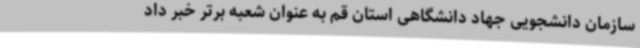
سازمان دانشجویی جهاد دانشگاهی استان قم به عنوان شعبه برتر خبر داد